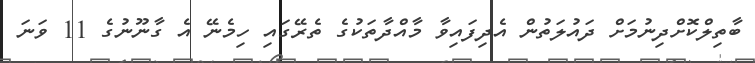
ބާތިލްކޮށްދިނުމަށް ދައުލަތުން އެދިފައިވާ މާއްދާތަކުގެ ތެރޭގައި ހިމެނޭ އެ ގާނޫނުގެ 11 ވަނަ